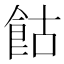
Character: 𩚩